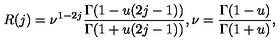
R ( j ) = \nu ^ { 1 - 2 j } \frac { \Gamma ( 1 - u ( 2 j - 1 ) ) } { \Gamma ( 1 + u ( 2 j - 1 ) ) } , \nu = \frac { \Gamma ( 1 - u ) } { \Gamma ( 1 + u ) } ,